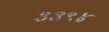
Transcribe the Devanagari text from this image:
३३९४